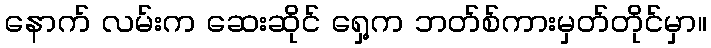
နောက် လမ်းက ဆေးဆိုင် ရှေ့က ဘတ်စ်ကားမှတ်တိုင်မှာ။